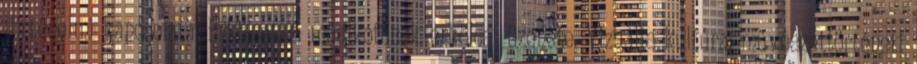
történelmi kapcsolata. Erkölcstan: műalkotások erkölcsi üzenete. Vizuális kultúra: művészettörténeti